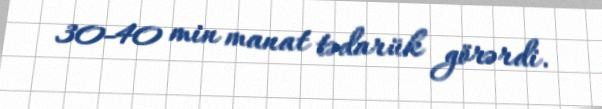
30-40 min manat tədarük görərdi.